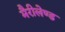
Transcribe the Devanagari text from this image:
मैरीलेण्ड